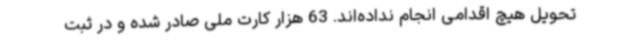
تحویل هیچ اقدامی انجام نداده‌اند. 63 هزار کارت ملی صادر شده و در ثبت